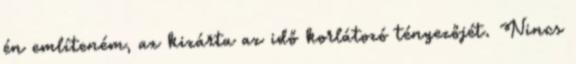
én említeném, az kizárta az idő korlátozó tényezőjét. Nincs